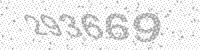
Solution: 293669